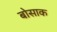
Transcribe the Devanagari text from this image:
बोसाक